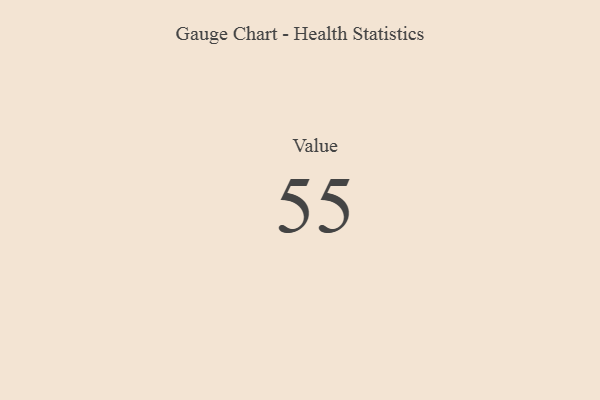
{"axis": {"x": "Metric", "y": "Value"}, "legend": [""], "data": [{"x": "Value", "y": 55, "type": ""}]}